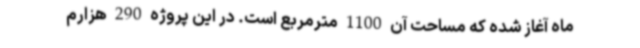
ماه آغاز شده که مساحت آن 1100 مترمربع است. در این پروژه 290 هزارم